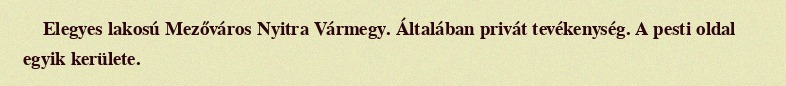
Elegyes lakosú Mezőváros Nyitra Vármegy. Általában privát tevékenység. A pesti oldal egyik kerülete.